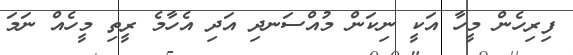
ފިރިހެން މީހާ އަކީ ނިކަން މުއްސަނދި އަދި އެހާމެ ރީތި މީހެއް ނަމަ